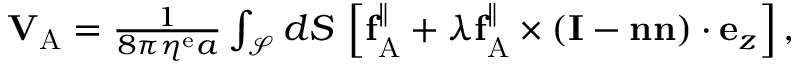
\begin{array} { r } { \mathbf { V } _ { \mathrm { A } } = \frac { 1 } { 8 \pi \eta ^ { \mathrm { e } } a } \int _ { \mathcal { S } } d S \, \left[ \mathbf { f } _ { \mathrm { A } } ^ { \| } + \lambda \mathbf { f } _ { \mathrm { A } } ^ { \| } \times \left( \mathbf { I } - \mathbf { n } \mathbf { n } \right) \cdot \mathbf { e } _ { z } \right] , } \end{array}